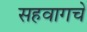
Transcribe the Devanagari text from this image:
सहवागचे